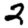
Digit: 2